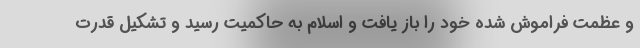
و عظمت فراموش شده خود را باز یافت و اسلام به حاکمیت رسید و تشکیل قدرت